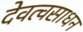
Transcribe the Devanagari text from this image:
देवत्वसाधन